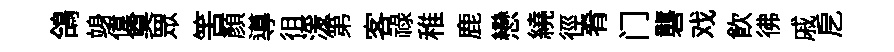
鴿竧偉奠眾筈顔導徂湲第客禄稚鹿戀繞徑肴门礱戏飮彿戚戹